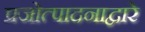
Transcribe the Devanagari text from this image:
प्रजोत्पादनाद्वारे